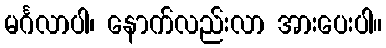
မင်္ဂလာပါ၊ နောက်လည်းလာ အားပေးပါ။